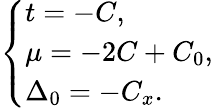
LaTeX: \left\{ \begin{array}{l}{t=-C,}\\ {\mu=-2C+C_{0},}\\ {\Delta_{0}=-C_{x}.}\end{array}\right.